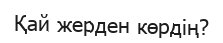
Қай жерден көрдің?